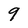
Character: 9